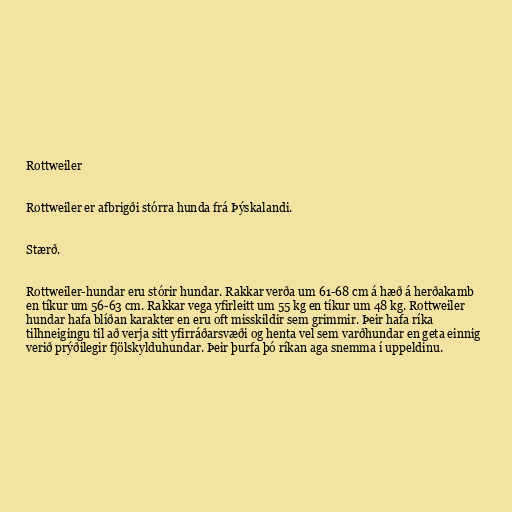
Rottweiler

Rottweiler er afbrigði stórra hunda frá Þýskalandi.

Stærð.

Rottweiler-hundar eru stórir hundar. Rakkar verða um 61-68 cm á hæð á herðakamb
en tíkur um 56-63 cm. Rakkar vega yfirleitt um 55 kg en tíkur um 48 kg. Rottweiler
hundar hafa blíðan karakter en eru oft misskildir sem grimmir. Þeir hafa ríka
tilhneigingu til að verja sitt yfirráðarsvæði og henta vel sem varðhundar en geta einnig
verið prýðilegir fjölskylduhundar. Þeir þurfa þó ríkan aga snemma í uppeldinu.